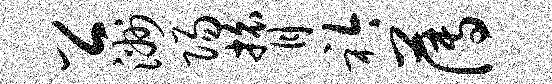
公洲阳膂衿薄